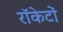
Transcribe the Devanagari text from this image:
राॅकेटों